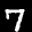
Label: 7